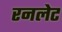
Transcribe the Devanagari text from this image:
रनलेट